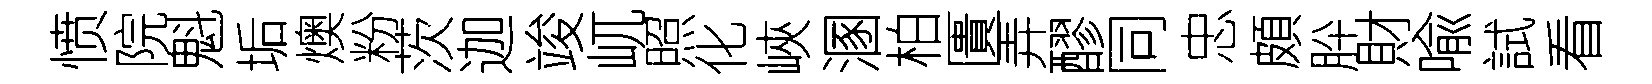
愤院魁垢燠粉茨迦竣屼照化峽溷柏匱弄醪同忠頗肸財喩試看